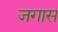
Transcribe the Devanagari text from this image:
जगास